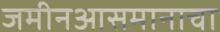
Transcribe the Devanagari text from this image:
जमीनआसमानाचा